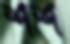
শশ